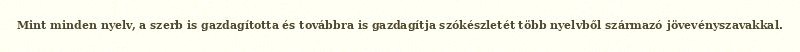
Mint minden nyelv, a szerb is gazdagította és továbbra is gazdagítja szókészletét több nyelvből származó jövevényszavakkal.